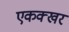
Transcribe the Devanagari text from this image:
एकक्खर